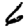
Digit: 6